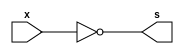
// Guia 02 - Capitulo 3
// Nome: Karen Alves Pereira
// Data: 17/02/2011
//------------------------------------
//-- Tabela verdade da porta NOT
//-- construida atraves de portas NAND
//-------------------------------------

 module notnand(s, x);   //-- definindo a saida e as entradas
 output s;               //-- saida
 input x;                //-- entradas
 
 assign s = ~(x & x);     //-- operacao para obter a tabela verdade da porta NOT atraves da porta NAND
 
 endmodule          //-- fim modulo notnand
 
 //--------------------------------------
 //-- Teste NOTNAND
 //---------------------------------------
 
 module testnotnand;       //-- criando modulo para teste
 reg x;                    //-- valores definidos (registradores)
 wire s;                   //-- valor alternado de acordo com a operacao  
 
 notnand NOTN1(s, x);       //-- nomeando a porta
 
 initial begin
 		$display("Guia 02 - Karen Alves Pereira - 407451");
		$display("Tabela-verdade da porta NOT construida atraves de portas NAND.");
		$display("Teste NOTNAND.");
		$display("\n~(~x) = s\n");      // -- imprimindo na tela
		$monitor("~(%b) = %b", x, s);
	   x=0;               //-- fornecendo valores
 #1	x=1;
 end              //-- fim begin
 
 endmodule       //-- fim modulo testnotnand